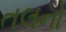
તલનો